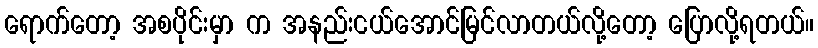
ရောက်တော့ အစပိုင်းမှာ က အနည်းငယ်အောင်မြင်လာတယ်လို့တော့ ပြောလို့ရတယ်။